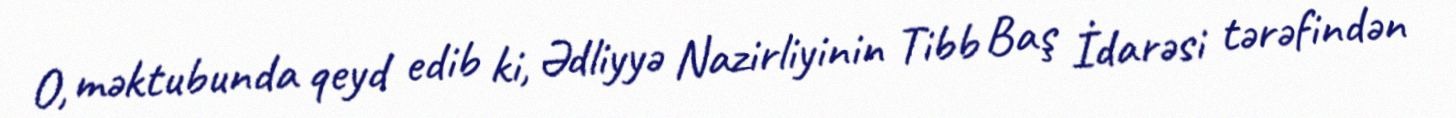
O, məktubunda qeyd edib ki, Ədliyyə Nazirliyinin Tibb Baş İdarəsi tərəfindən